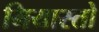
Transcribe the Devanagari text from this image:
मियास्तो